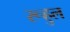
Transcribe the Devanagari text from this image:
रूहुल